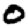
Digit: 0